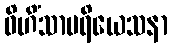
ဝိဟိံသာပရိယေသနာ